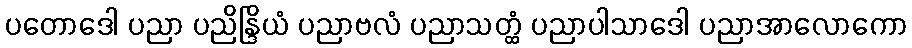
ပတောဒေါ ပညာ ပညိန္ဒြိယံ ပညာဗလံ ပညာသတ္ထံ ပညာပါသာဒေါ ပညာအာလောကော